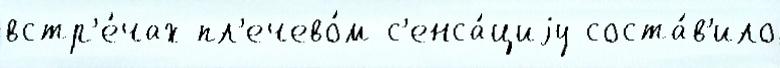
встр'е́чах пл'ечево́м с'енса́циjу соста́в'ило